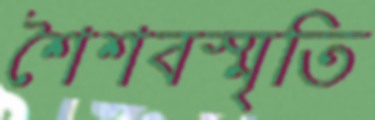
শৈশবস্মৃতি